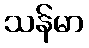
သန်မာ